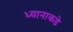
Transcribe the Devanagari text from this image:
ध्यानाकडे